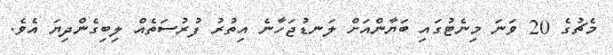
މެޗުގެ 20 ވަނަ މިނެޓުގައި ބަޔާންއަށް ލަނޑުޖަހާނެ އިތުރު ފުރުސަތެއް ލިބިގެންދިޔަ އެވެ.